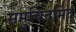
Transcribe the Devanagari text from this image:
समुचितमिदं